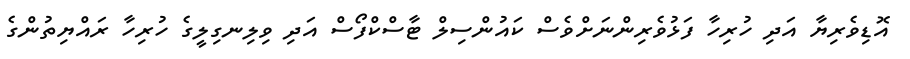
އޮޑިވެރިޔާ އަދި ހުރިހާ ފަޅުވެރިންނަށްވެސް ކައުންސިލް ޓާސްކްފޯސް އަދި ވިލިނގިލީގެ ހުރިހާ ރައްޔިތުންގެ